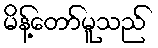
မိန့်တော်မူသည်